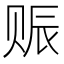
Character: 赈